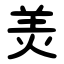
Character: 羙